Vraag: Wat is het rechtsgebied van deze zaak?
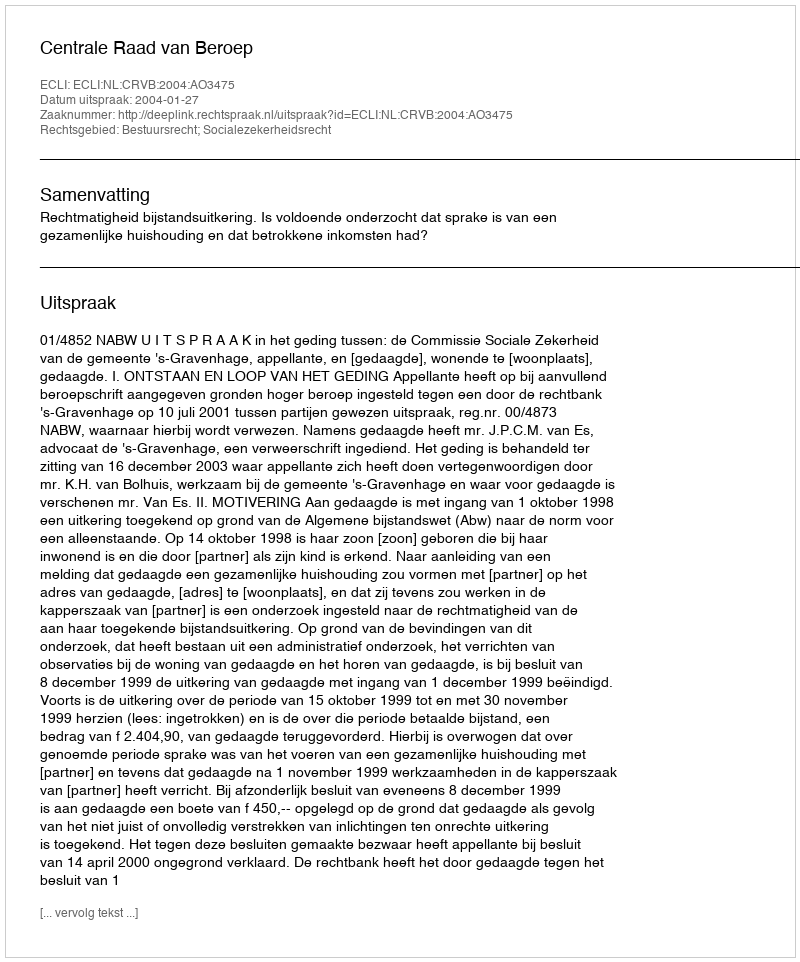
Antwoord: Bestuursrecht; Socialezekerheidsrecht